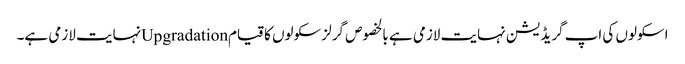
اسکولوں کی اپ گریڈیشن نہایت لازمی ہے بالخصوص گرلز سکولوں کا قیامUpgradationنہایت لازمی ہے۔